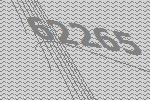
62265